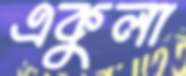
একুলা